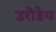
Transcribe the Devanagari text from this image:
उरोडेय